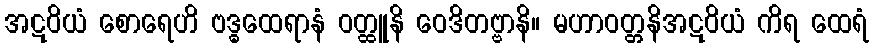
အဋဝိယံ စောရေဟိ ဗဒ္ဓထေရာနံ ဝတ္ထူနိ ဝေဒိတဗ္ဗာနိ။ မဟာဝတ္တနိအဋဝိယံ ကိရ ထေရံ